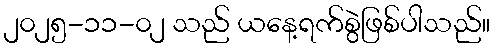
၂၀၂၅-၁၁-၀၂ သည် ယနေ့ရက်စွဲဖြစ်ပါသည်။